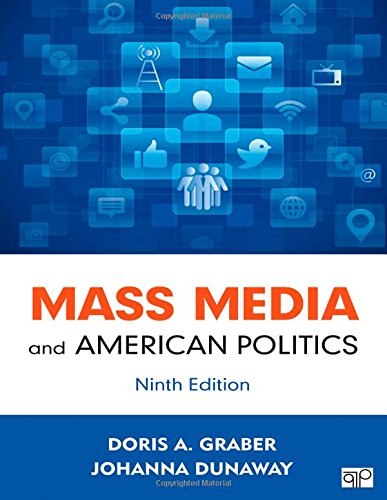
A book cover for Mass Media and American Politics; Politics & Social Sciences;